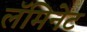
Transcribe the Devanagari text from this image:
लॅमिनेट